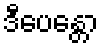
ဒီပေန္တော